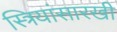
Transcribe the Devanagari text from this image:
स्त्रियांसारखी